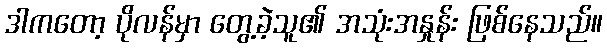
ဒါကတော့ ပိုလန်မှာ တွေ့ခဲ့သူ၏ အသုံးအနှုန်း ဖြစ်နေသည်။